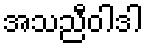
အသညီဝါဒါ